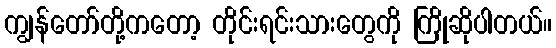
ကျွန်တော်တို့ကတော့ တိုင်းရင်းသားတွေကို ကြိုဆိုပါတယ်။